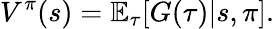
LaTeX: V^{\pi}(s)=\mathbb{E}_{\tau}[G(\tau)|s,\pi].